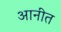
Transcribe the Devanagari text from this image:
आनीत